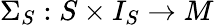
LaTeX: \Sigma_{S}:S\times I_{S}\to M